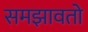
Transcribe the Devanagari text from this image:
समझावतो